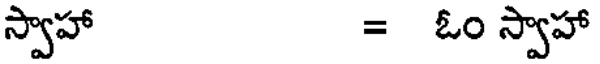
స్వాహా = ఓం స్వాహా